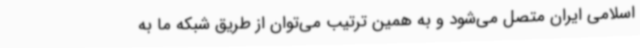
اسلامی ایران متصل می‌شود و به همین ترتیب می‌توان از طریق شبکه ما به